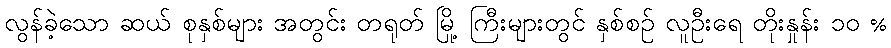
လွန်ခဲ့သော ဆယ် စုနှစ်များ အတွင်း တရုတ် မြို့ ကြီးများတွင် နှစ်စဉ် လူဦးရေ တိုးနှုန်း ၁၀ %